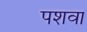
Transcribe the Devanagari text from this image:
पशवा